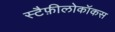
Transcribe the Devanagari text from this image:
स्टैफ़ीलोकॉकस